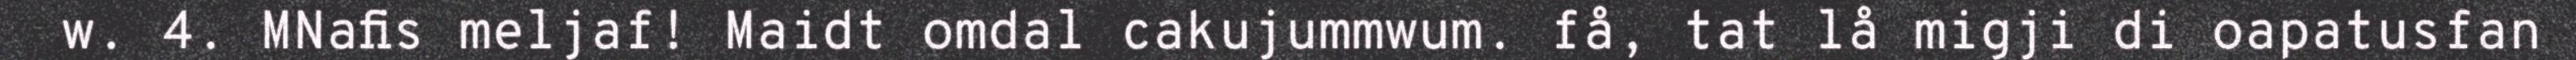
w. 4. MNafis meljaf! Maidt omdal cakujummwum. få, tat lå migji di oapatusfan